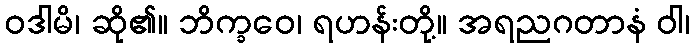
ဝဒါမိ၊ ဆို၏။ ဘိက္ခဝေ၊ ရဟန်းတို့။ အရညဂတာနံ ဝါ၊